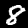
Digit: 8